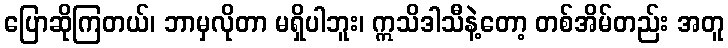
ပြောဆိုကြတယ်၊ ဘာမှလိုတာ မရှိပါဘူး၊ ဣသိဒါသီနဲ့တော့ တစ်အိမ်တည်း အတူ